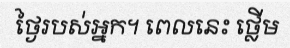
ថ្ងៃរបស់អ្នក។ ពេលនេះ ថ្លើម